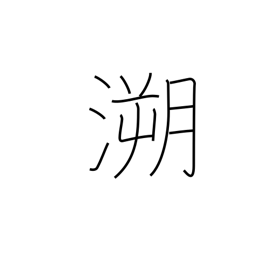
Meaning: retrace the past